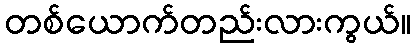
တစ်ယောက်တည်းလားကွယ်။